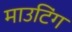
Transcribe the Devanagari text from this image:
माउटिंग